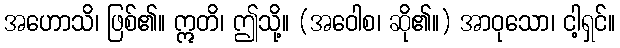
အဟောသိ၊ ဖြစ်၏။ ဣတိ၊ ဤသို့။ (အဝေါစ၊ ဆို၏။) အာဝုသော၊ ငါ့ရှင်။